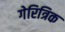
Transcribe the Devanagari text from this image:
गेरित्रिक